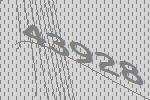
43928